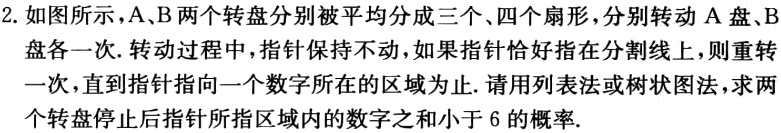
2. 如图所示，A、B 两个转盘分别被平均分成三个、四个扇形，分别转动 A 盘、B 盘各一次. 转动过程中，指针保持不动，如果指针恰好指在分割线上，则重转一次，直到指针指向一个数字所在的区域为止. 请用列表法或树状图法，求两个转盘停止后指针所指区域内的数字之和小于 6 的概率.